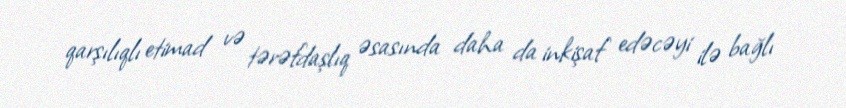
qarşılıqlı etimad və tərəfdaşlıq əsasında daha da inkişaf edəcəyi ilə bağlı